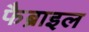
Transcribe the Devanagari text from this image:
फैब्राइल